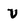
Character: U